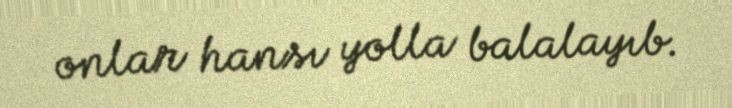
onlar hansı yolla balalayıb.